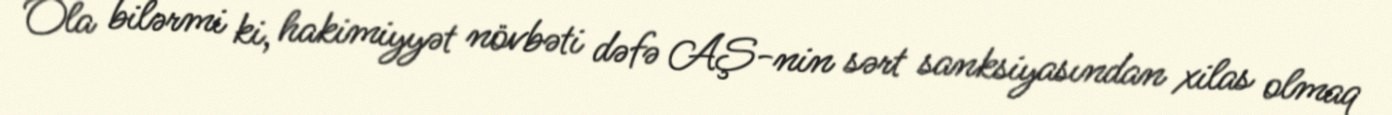
Ola bilərmi ki, hakimiyyət növbəti dəfə AŞ-nin sərt sanksiyasından xilas olmaq